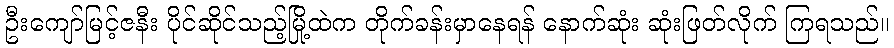
ဦးကျော်မြင့်ဇနီး ပိုင်ဆိုင်သည့်မြို့ထဲက တိုက်ခန်းမှာနေရန် နောက်ဆုံး ဆုံးဖြတ်လိုက် ကြရသည်။